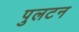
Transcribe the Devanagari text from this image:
पुलटन